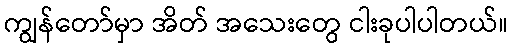
ကျွန်တော်မှာ အိတ် အသေးတွေ ငါးခုပါပါတယ်။